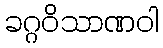
ခဂ္ဂဝိသာဏဝါ